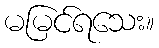
မမြင်ရသေး။